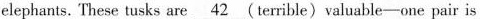
elephants. These tusks are \underline{42}(terrible)valuable-one pair is